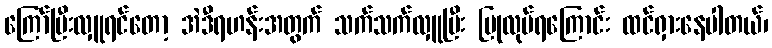
ကြော်ပြီးလှူရင်တော့ အဲဒီရဟန်းအတွက် သက်သက်လှူပြီး ပြုလုပ်ရကြောင်း ထင်ရှားနေပါတယ်၊